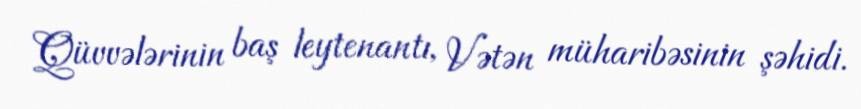
Qüvvələrinin baş leytenantı, Vətən müharibəsinin şəhidi.